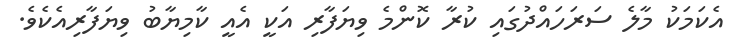
އެކަމަކު މާލެ ސަރަހައްދުގައި ކުރާ ކޮންމެ ވިޔަފާރި އަކީ އެއީ ކާމިޔާބު ވިޔަފާރިއެކެވެ.